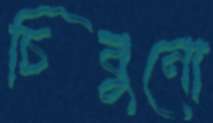
চিবুনো